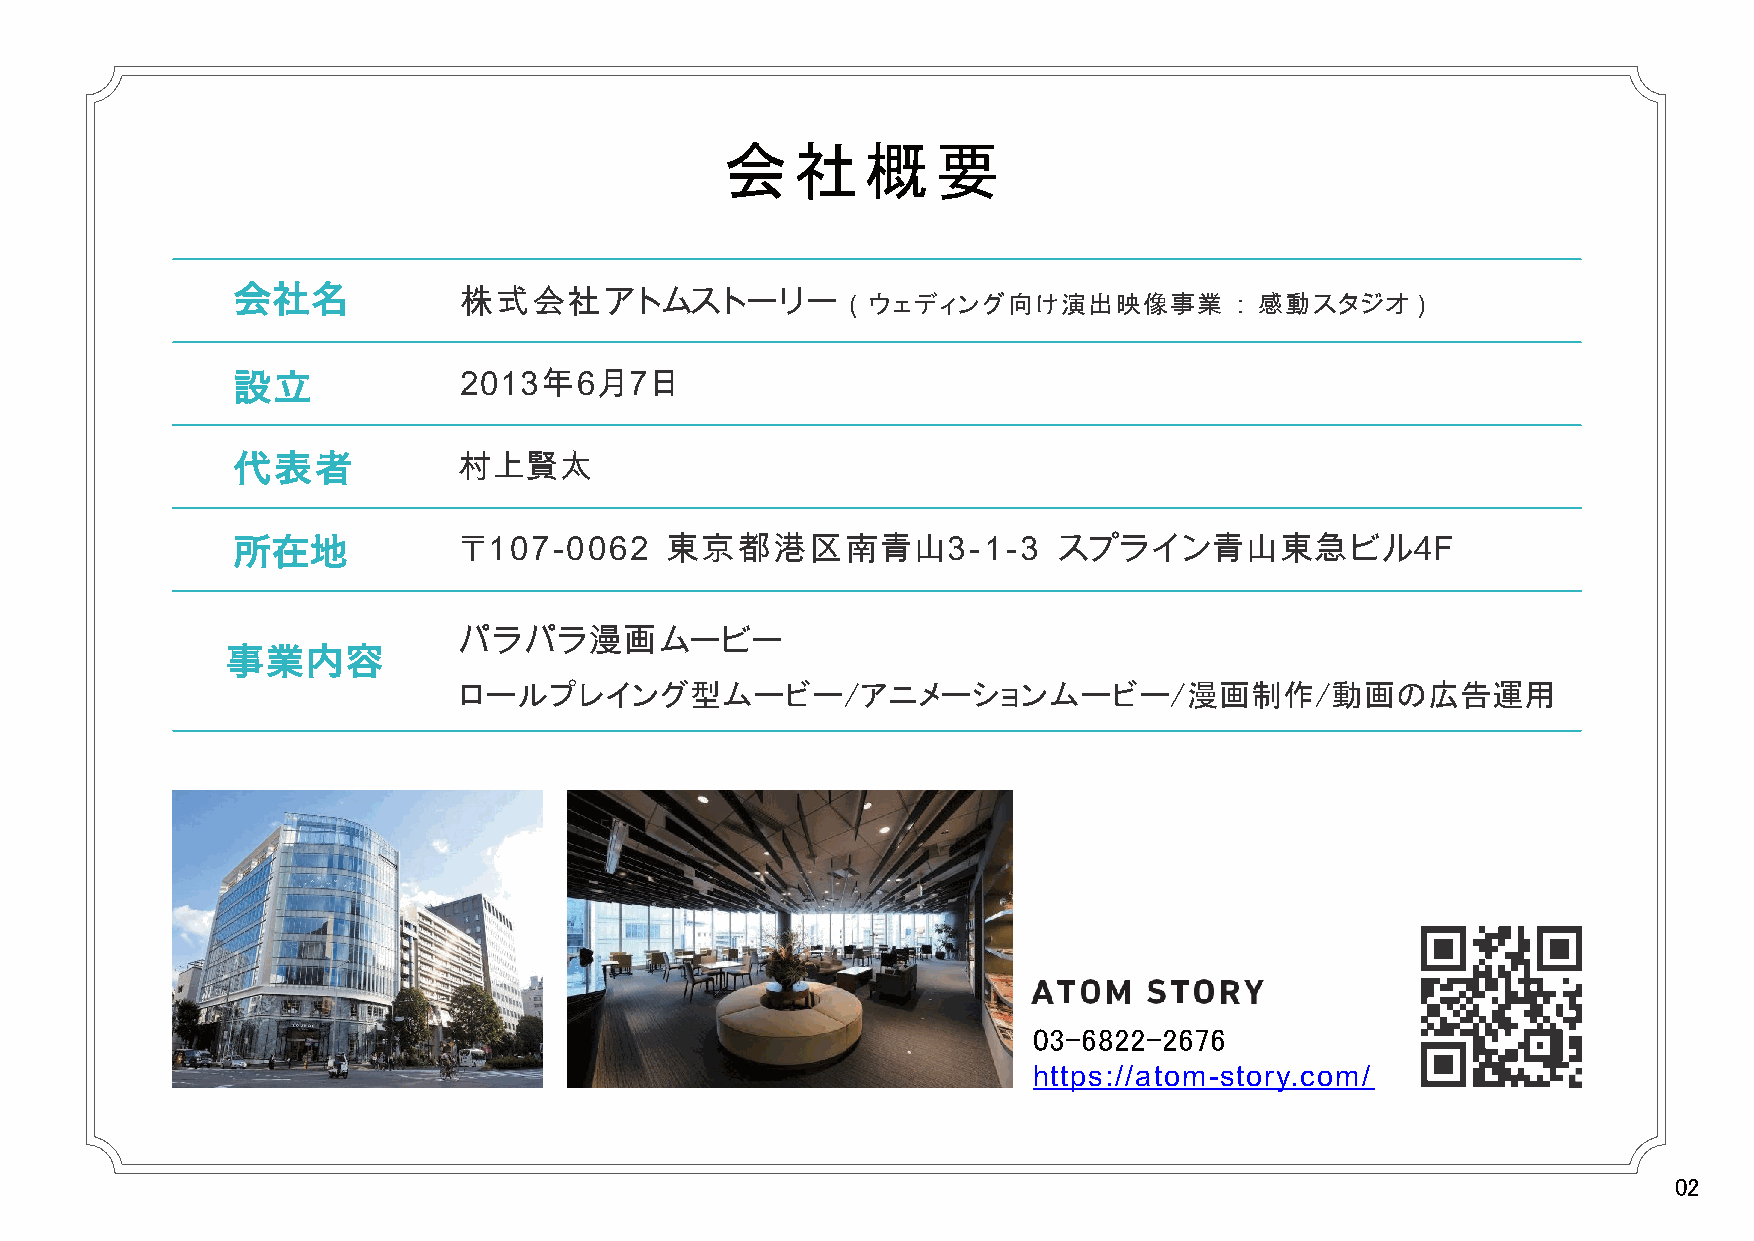
会社概要
 会社名
 株式会社アトムストーリー（ウェディング向け演出映像事業：感動スタジオ）
 設立             2013年6月7日
 代表者            村上賢太
 所在地            〒107-0062     東京都港区南青山3-1-3             スプライン青山東急ビル4F
 パラパラ漫画ムービー
 事業内容
 ロールプレイング型ムービー/アニメーションムービー/漫画制作/動画の広告運用
 03-6822-2676
 https://atom-story.com/
 02